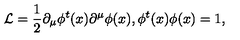
{ \cal L } = \frac { 1 } { 2 } \partial _ { \mu } \phi ^ { t } ( x ) \partial ^ { \mu } \phi ( x ) , \phi ^ { t } ( x ) \phi ( x ) = 1 ,